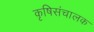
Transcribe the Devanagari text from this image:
कृषिसंचालक